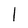
Character: I